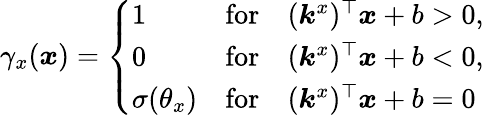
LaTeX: \gamma_{x}(\boldsymbol{x})=\left\{ \begin{array}{ll}{1}&{\mathrm{for}\quad(\boldsymbol{k}^{x})^{\top}\boldsymbol{x}+b>0,}\\ {0}&{\mathrm{for}\quad(\boldsymbol{k}^{x})^{\top}\boldsymbol{x}+b<0,}\\ {\sigma(\theta_{x})}&{\mathrm{for}\quad(\boldsymbol{k}^{x})^{\top}\boldsymbol{x}+b=0}\end{array}\right.